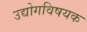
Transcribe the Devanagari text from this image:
उद्योगविषयक